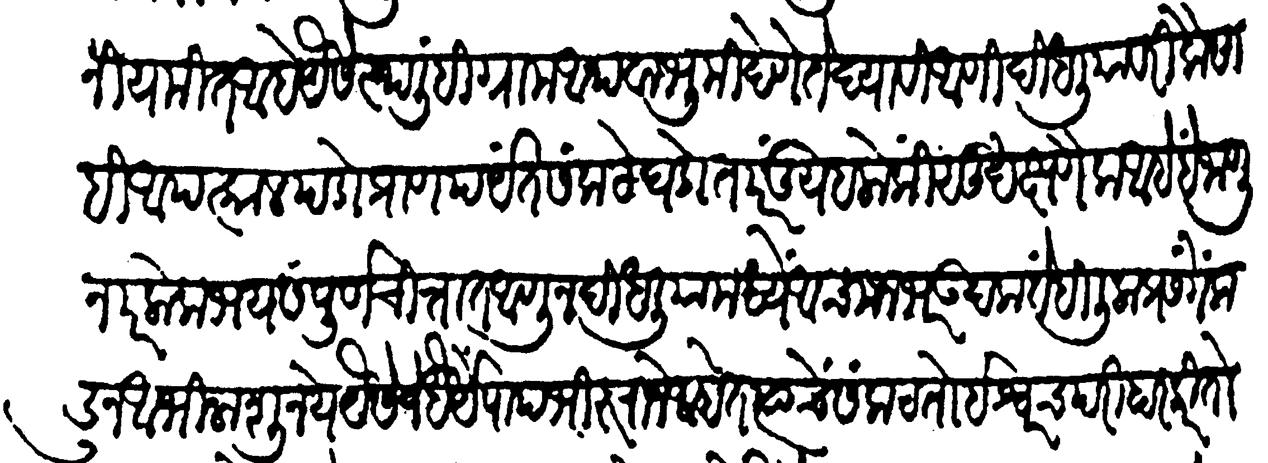
Transliteration (Devanagari): नियमित आहे यैसे स्थळीहि ग्राम अथवा भूमि देणें ते द्यावी आणि दिधलियावरी कैसाहि आपत्काल पडो प्राणपर्यंत संकटें घडोत परंतु यहलोकीं सुख क्षणैक आहे हें जाणून परलोकभय चित्तांत आणून दिधलियामध्ये आचमनभर उदक ते ही लीलाप्रसंगे कडून अभिलाषूं नये यैसे जे धैर्ये पापभीरू राजे आहेत त्यांचें संकट तो ईश्वरच परिहार करितो